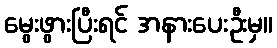
မွေးဖွားပြီးရင် အနားပေးဦးမှ။